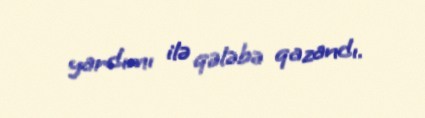
yardımı ilə qələbə qazandı.